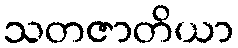
သတဇာတိယာ